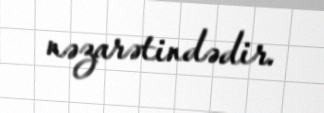
nəzarətindədir.